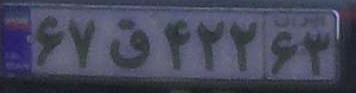
۶۷ق۴۲۲۶۳